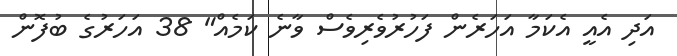
އަދި އެއީ އެކަމާ އަހަރެން ފަހުރުވެރިވެސް ވާނެ ކަމެއް" 38 އަހަރުގެ ބުފޮން